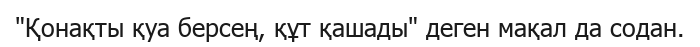
"Қонақты қуа берсең, құт қашады" деген мақал да содан.